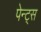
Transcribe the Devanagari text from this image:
पेन्ट्स